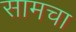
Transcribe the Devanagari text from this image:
सामचा